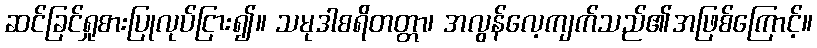
ဆင်ခြင်ရှုစားပြုလုပ်ငြား၍။ သမုဒါစရိတတ္တာ၊ အလွန်လေ့ကျက်သည်၏အဖြစ်ကြောင့်။